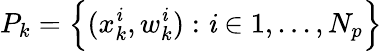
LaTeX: P_{k}=\Bigl\{ (x_{k}^{\mathit{i}},w_{k}^{\mathit{i}}):\mathit{i}\in{1,...,N_{p}}\Bigr\}